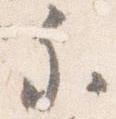
参